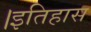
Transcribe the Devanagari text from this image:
।इतिहास